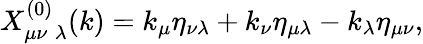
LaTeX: X_{\mu\nu\; \lambda}^{(0)}(k)=k_{\mu}\eta_{\nu\lambda}+k_{\nu}\eta_{\mu\lambda}-k_{\lambda}\eta_{\mu\nu},